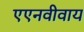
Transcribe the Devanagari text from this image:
एएनवीवाय